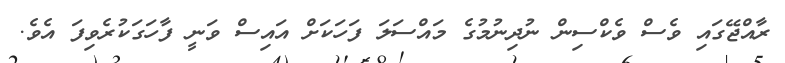
ރާއްޖޭގައި ވެސް ވެކްސިން ނުދިނުމުގެ މައްސަލަ ފަހަކަށް އައިސް ވަނީ ފާހަގަކުރެވިފަ އެވެ.